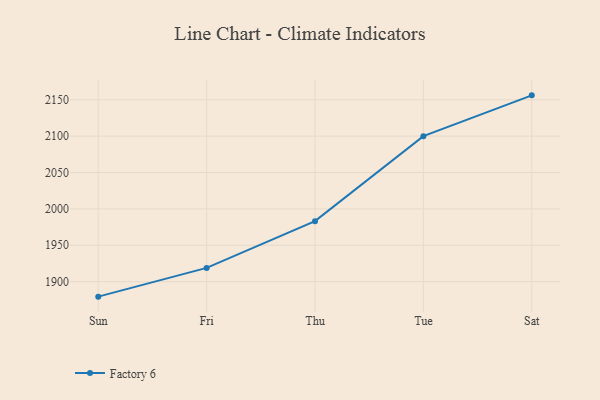
{"axis": {"x": "Day", "y": "Satisfaction Score"}, "legend": ["Factory 6"], "data": [{"x": "Sun", "y": 1879.4, "type": "Factory 6"}, {"x": "Fri", "y": 1918.9, "type": "Factory 6"}, {"x": "Thu", "y": 1983.2, "type": "Factory 6"}, {"x": "Tue", "y": 2100.0, "type": "Factory 6"}, {"x": "Sat", "y": 2156.1, "type": "Factory 6"}]}